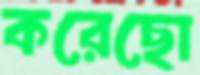
করেছো